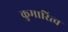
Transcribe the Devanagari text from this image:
कुमारित्व